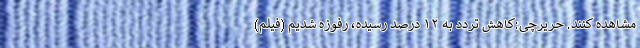
مشاهده کنند. حریرچی:کاهش تردد به ۱۲ درصد رسیده، رفوزه شدیم (فیلم)